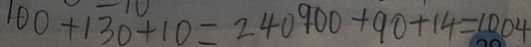
1 0 0 + 1 3 0 + 1 0 = 2 4 0 9 0 0 + 9 0 + 1 4 = 1 0 0 4